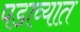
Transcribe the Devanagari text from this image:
पडाव्यात